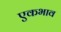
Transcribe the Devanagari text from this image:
एकभाव